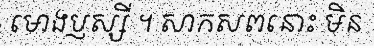
មោងប្ញស្សី ។ សាកសពនោះ មិន